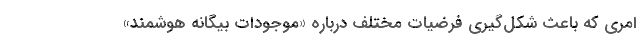
امری که باعث شکل‌گیری فرضیات مختلف درباره «موجودات بیگانه هوشمند»